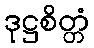
ဒုဋ္ဌစိတ္တံ